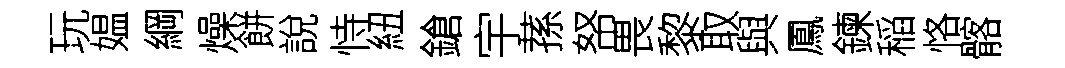
玩媪綱燥餅說恃紐鎗宇蓀帑畏黎取與鳳鍊稲恪髂